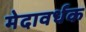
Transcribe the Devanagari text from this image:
मेदावर्धक